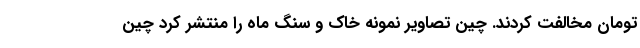
تومان مخالفت کردند. چین تصاویر نمونه خاک و سنگ ماه را منتشر کرد چین